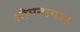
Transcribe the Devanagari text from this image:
सोमनाथश्च